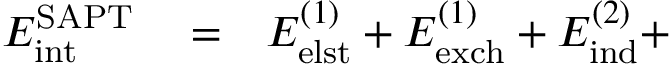
\begin{array} { r l r } { E _ { \mathrm { i n t } } ^ { \mathrm { S A P T } } } & { { } = } & { E _ { \mathrm { e l s t } } ^ { ( 1 ) } + E _ { \mathrm { e x c h } } ^ { ( 1 ) } + E _ { \mathrm { i n d } } ^ { ( 2 ) } + } \end{array}